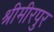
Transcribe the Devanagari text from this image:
श्रीमीरपुर